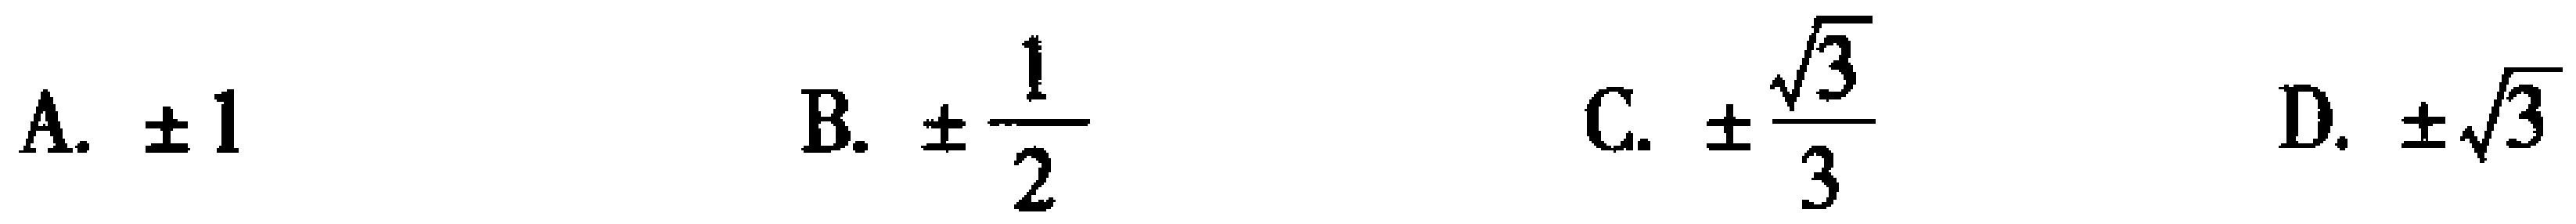
A. $\pm 1$  B. $\pm \frac{1}{2}$  C. $\pm \frac{\sqrt{3}}{3}$  D. $\pm \sqrt{3}$